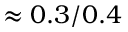
\approx 0 . 3 / 0 . 4